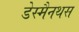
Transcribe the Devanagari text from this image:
डेस्मैनथस